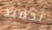
تجميد